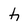
Character: h